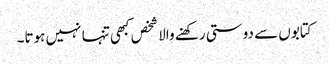
کتابوں سے دوستی رکھنے والا شخص کبھی تنہا نہیں ہوتا۔